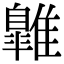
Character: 𩀹